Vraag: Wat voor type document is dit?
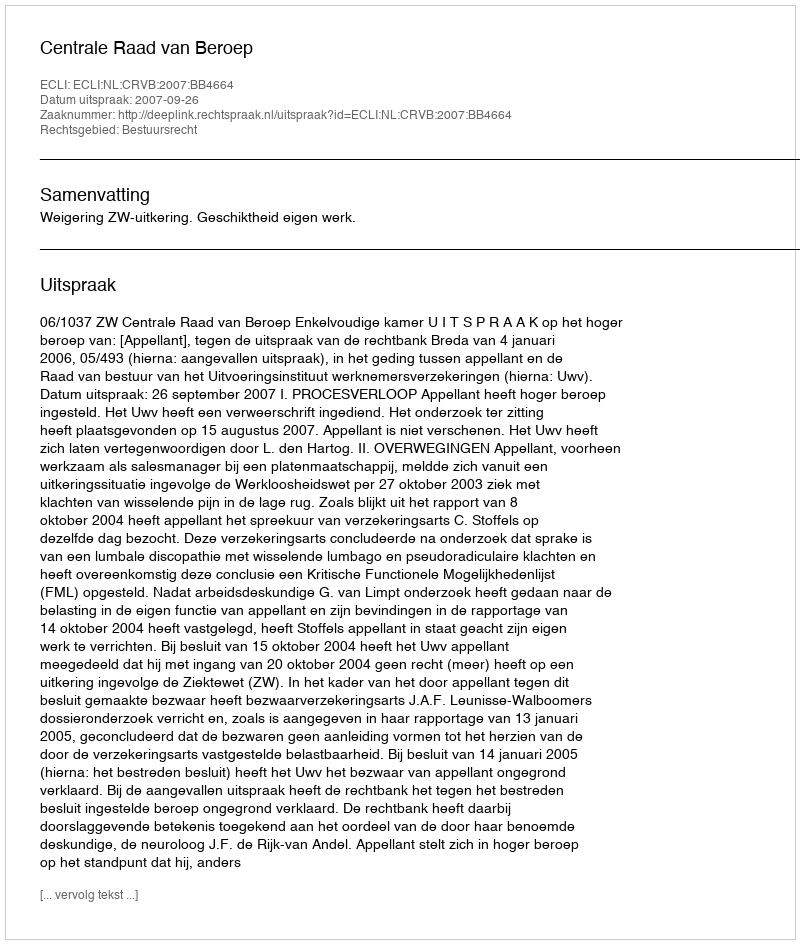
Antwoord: Uitspraak